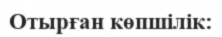
Отырған көпшілік: